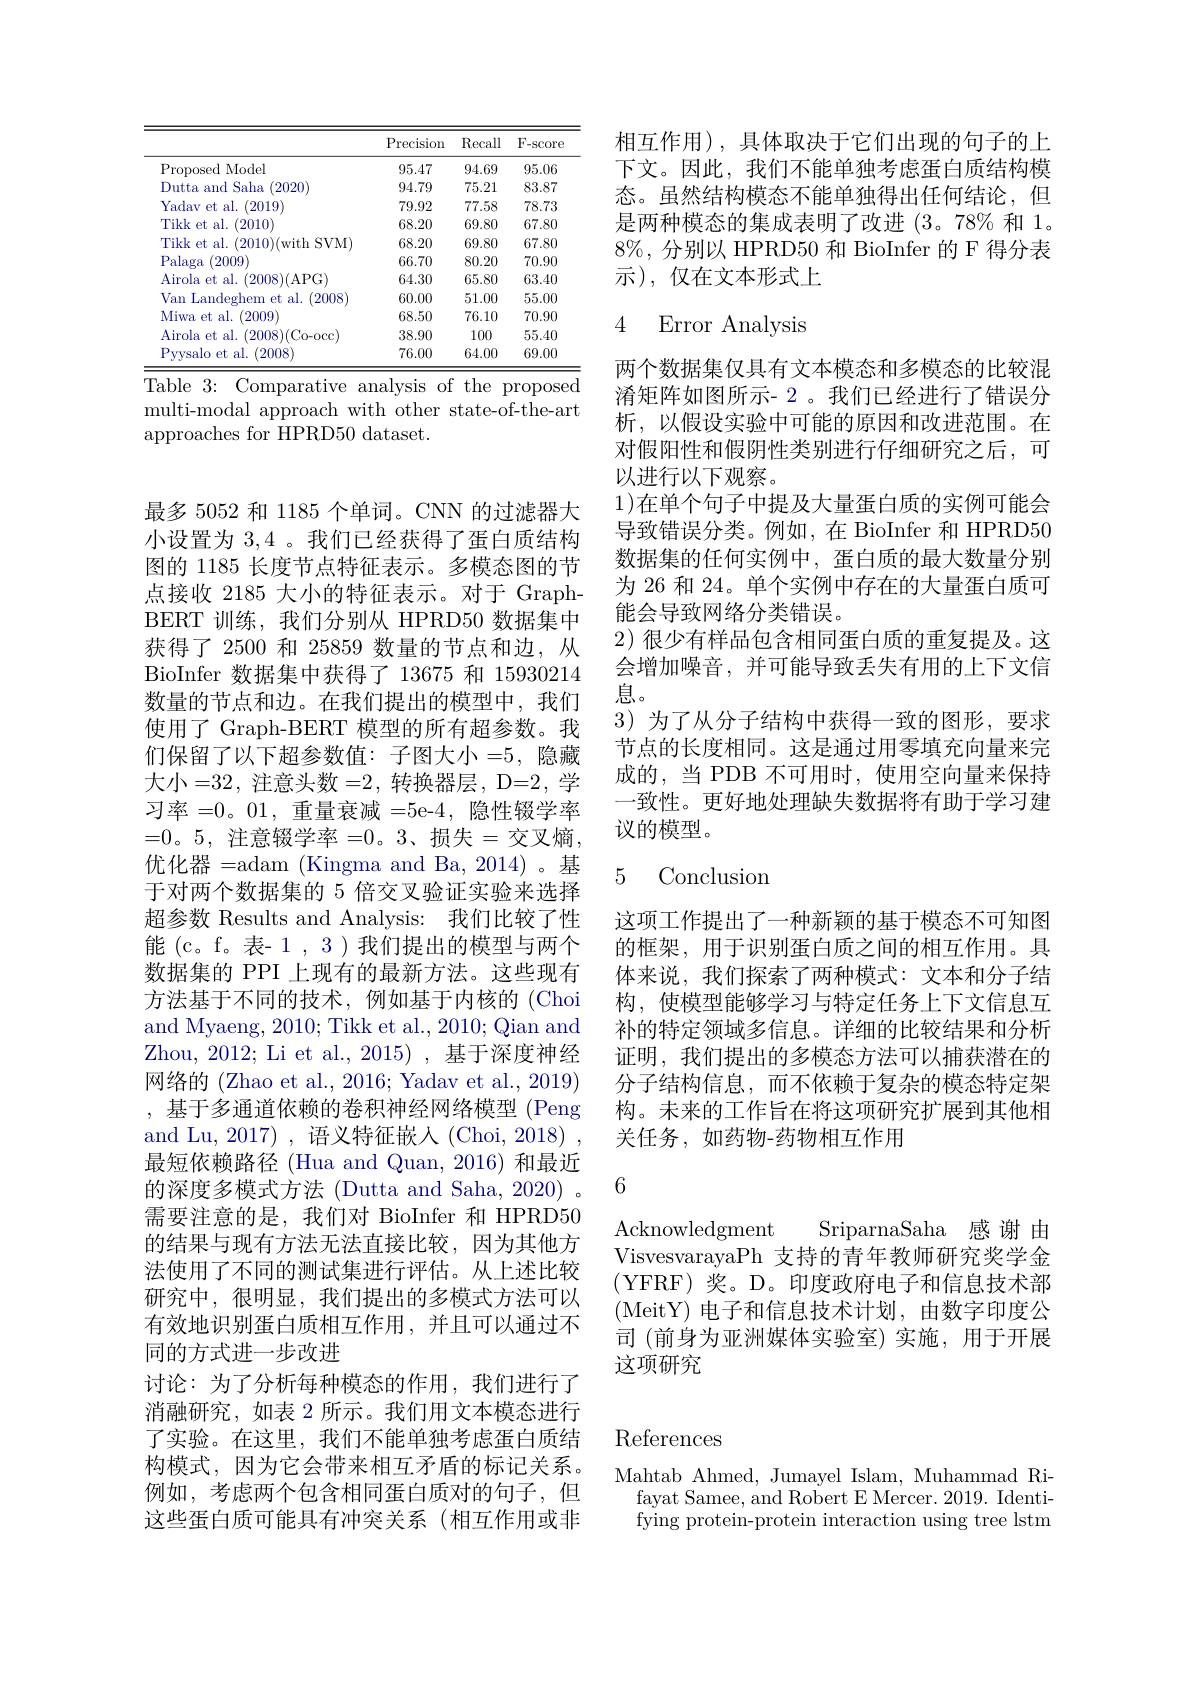
<table>
	<tbody>
		<tr>
			<th> </th>
			<th>Precision</th>
			<th>Recall</th>
			<th>F- score</th>
		</tr>
		<tr>
			<td>Proposed $\textbf{L Model}$</td>
			<td>95.47</td>
			<td>94.69</td>
			<td>95.06</td>
		</tr>
		<tr>
			<td>Dutta and Saha 2020)</td>
			<td>94.79</td>
			<td>75.21</td>
			<td>83.87</td>
		</tr>
		<tr>
			<td>Yadav et al. (2019)</td>
			<td>79.92</td>
			<td>77.58</td>
			<td>78.73</td>
		</tr>
		<tr>
			<td>Tikk et al. (2010)</td>
			<td>68.20</td>
			<td>69.80</td>
			<td>67.80</td>
		</tr>
		<tr>
			<td>Tikk et al. (2010)(with SVM)</td>
			<td>68.20</td>
			<td>69.80</td>
			<td>67.80</td>
		</tr>
		<tr>
			<td>Palaga (2009)</td>
			<td>66.70</td>
			<td>80.20</td>
			<td>70.90</td>
		</tr>
		<tr>
			<td>Airola et al. (2008)(APG)</td>
			<td>64.30</td>
			<td>65.80</td>
			<td>63.40</td>
		</tr>
		<tr>
			<td>Van Landeghem et al. (2008</td>
			<td>60.00</td>
			<td>51.00</td>
			<td>55.00</td>
		</tr>
		<tr>
			<td>Miwa et al. (2009</td>
			<td>68.50</td>
			<td>76.10</td>
			<td>70.90</td>
		</tr>
		<tr>
			<td>(2008)(Co-occ) Airola et al.</td>
			<td>38.90</td>
			<td>100</td>
			<td>55.40</td>
		</tr>
		<tr>
			<td>Pyysalo et al. (2008</td>
			<td>76.00</td>
			<td>64.00</td>
			<td>69.00</td>
		</tr>
	</tbody>
</table>
Table 3: Comparative analysis of the proposed

multi-modal approach with other state-of-the-art
approaches for HPRD50 dataset.

最多 5052 和 1185 个单词。CNN 的过滤器大小设置为 3,4 。我们已经获得了蛋白质结构图的 1185 长度节点特征表示。多模态图的节点接收 2185 大小的特征表示。对于 GraphBERT 训练，我们分别从 HPRD50 数据集中获得了 2500 和 25859 数量的节点和边，从BioInfer 数据集中获得了 13675 和 15930214数量的节点和边。在我们提出的模型中，我们使用了 Graph-BERT 模型的所有超参数。我们保留了以下超参数值：子图大小=5, 隐藏大小=32, 注意头数=2, 转换器层，D=2, 学习率 =0。01, 重量衰减 =5e-4, 隐性辍学率=0。5,注意辍学率=0。3、损失=交叉熵， 优化器 =adam ( Kingma and Ba, 2014) 。基 于对两个数据集的 5 倍交叉验证实验来选择超参数 Results and Analysis: 我们比较了性能 (c。f。表- 1 , 3 ) 我们提出的模型与两个数据集的 PPI 上现有的最新方法。这些现有方法基于不同的技术，例如基于内核的(Choi and Myaeng, 2010; Tikk et al., 2010; Qian and Zhou, 2012; Li et al., 2015), 基于深度神经网络的 (Zhao et al., 2016; Yadav et al., 2019) ,基于多通道依赖的卷积神经网络模型 (Peng and Lu, 2017) , 语义特征嵌入 (Choi, 2018) , 最短依赖路径 (Hua and Quan, 2016) 和最近的深度多模式方法 (Dutta and Saha, 2020) 。需要注意的是，我们对 BioInfer 和 HPRD50的结果与现有方法无法直接比较，因为其他方法使用了不同的测试集进行评估。从上述比较研究中，很明显，我们提出的多模式方法可以有效地识别蛋白质相互作用，并且可以通过不同的方式进一步改进
讨论：为了分析每种模态的作用，我们进行了消融研究，如表 2 所示。我们用文本模态进行了实验。在这里，我们不能单独考虑蛋白质结构模式，因为它会带来相互矛盾的标记关系。例如，考虑两个包含相同蛋白质对的句子，但这些蛋白质可能具有冲突关系(相互作用或非

相互作用),具体取决于它们出现的句子的上下文。因此，我们不能单独考虑蛋白质结构模态。虽然结构模态不能单独得出任何结论，但是两种模态的集成表明了改进 (3。78% 和 1。$8\%$,分别以 HPRD50 和 BioInfer 的 F 得分表示),仅在文本形式上

### 4 Error Analysis

两个数据集仅具有文本模态和多模态的比较混淆矩阵如图所示- 2。我们已经进行了错误分析，以假设实验中可能的原因和改进范围。在对假阳性和假阴性类别进行仔细研究之后，可以进行以下观察。
1)在单个句子中提及大量蛋白质的实例可能会导致错误分类。例如，在 BioInfer 和 HPRD50数据集的任何实例中，蛋白质的最大数量分别为 26 和 24。单个实例中存在的大量蛋白质可能会导致网络分类错误。
2)很少有样品包含相同蛋白质的重复提及。这会增加噪音，并可能导致丢失有用的上下文信息。
3)为了从分子结构中获得一致的图形，要求节点的长度相同。这是通过用零填充向量来完成的，当 PDB 不可用时，使用空向量来保持一致性。更好地处理缺失数据将有助于学习建议的模型。

### 5 Conclusion

这项工作提出了一种新颖的基于模态不可知图的框架，用于识别蛋白质之间的相互作用。具体来说，我们探索了两种模式：文本和分子结构，使模型能够学习与特定任务上下文信息互补的特定领域多信息。详细的比较结果和分析证明，我们提出的多模态方法可以捕获潜在的分子结构信息，而不依赖于复杂的模态特定架构。未来的工作旨在将这项研究扩展到其他相关任务，如药物-药物相互作用

6

Acknowledgment SriparnaSaha 感 谢 由VisvesvarayaPh 支持的青年教师研究奖学金(YFRF)奖。D。印度政府电子和信息技术部(MeitY)电子和信息技术计划，由数字印度公司 (前身为亚洲媒体实验室) 实施，用于开展这项研究

# References

Mahtab Ahmed, Jumayel Islam, Muhammad Ri-
fayat Samee, and Robert E Mercer. 2019. Identifying protein-protein interaction using tree lstm